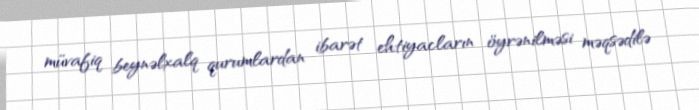
müvafiq beynəlxalq qurumlardan ibarət ehtiyacların öyrənilməsi məqsədilə